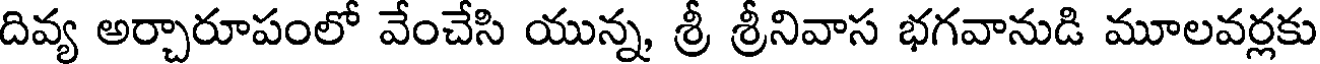
దివ్య అర్చారూపంలో వేంచేసి యున్న, శ్రీ శ్రీనివాస భగవానుడి మూలవర్లకు